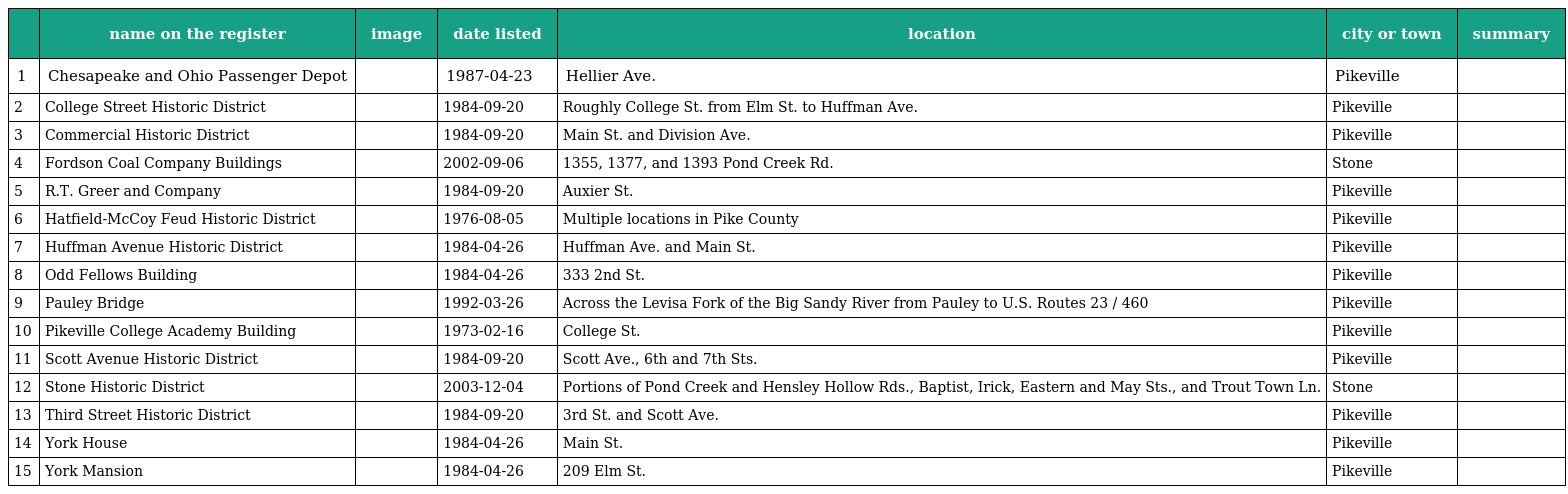
|  | name on the register | image | date listed | location | city or town | summary |
 | --- | --- | --- | --- | --- | --- | --- |
 | 1 | Chesapeake and Ohio Passenger Depot |  | 1987-04-23 | Hellier Ave. | Pikeville |  |
 | 2 | College Street Historic District |  | 1984-09-20 | Roughly College St. from Elm St. to Huffman Ave. | Pikeville |  |
 | 3 | Commercial Historic District |  | 1984-09-20 | Main St. and Division Ave. | Pikeville |  |
 | 4 | Fordson Coal Company Buildings |  | 2002-09-06 | 1355, 1377, and 1393 Pond Creek Rd. | Stone |  |
 | 5 | R.T. Greer and Company |  | 1984-09-20 | Auxier St. | Pikeville |  |
 | 6 | Hatfield-McCoy Feud Historic District |  | 1976-08-05 | Multiple locations in Pike County | Pikeville |  |
 | 7 | Huffman Avenue Historic District |  | 1984-04-26 | Huffman Ave. and Main St. | Pikeville |  |
 | 8 | Odd Fellows Building |  | 1984-04-26 | 333 2nd St. | Pikeville |  |
 | 9 | Pauley Bridge |  | 1992-03-26 | Across the Levisa Fork of the Big Sandy River from Pauley to U.S. Routes 23 / 460 | Pikeville |  |
 | 10 | Pikeville College Academy Building |  | 1973-02-16 | College St. | Pikeville |  |
 | 11 | Scott Avenue Historic District |  | 1984-09-20 | Scott Ave., 6th and 7th Sts. | Pikeville |  |
 | 12 | Stone Historic District |  | 2003-12-04 | Portions of Pond Creek and Hensley Hollow Rds., Baptist, Irick, Eastern and May Sts., and Trout Town Ln. | Stone |  |
 | 13 | Third Street Historic District |  | 1984-09-20 | 3rd St. and Scott Ave. | Pikeville |  |
 | 14 | York House |  | 1984-04-26 | Main St. | Pikeville |  |
 | 15 | York Mansion |  | 1984-04-26 | 209 Elm St. | Pikeville |  |